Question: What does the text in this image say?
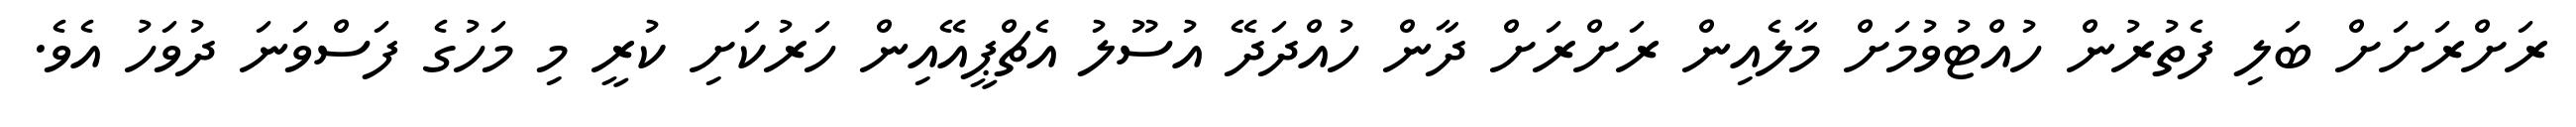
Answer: ރަށްރަށަށް ބަލި ފެތުރުން ހުއްޓުވުމަށް މާލެއިން ރަށްރަށް ދާން ހުއްދަދޭ އުސޫލު އެޗްޕީއޭއިން ހަރުކަށި ކުރީ މި މަހުގެ ފަސްވަނަ ދުވަހު އެވެ.